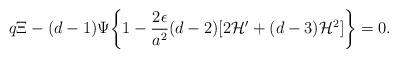
LaTeX: \begin{align*}q \Xi - ( d- 1) \Psi \biggl\{ 1 - \frac{2 \epsilon}{a^2} ( d-2) [2 {\cal H}' + (d-3) {\cal H}^2 ]\biggr\} =0.\end{align*}